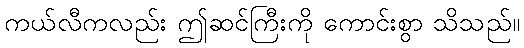
ကယ်လီကလည်း ဤဆင်ကြီးကို ကောင်းစွာ သိသည်။